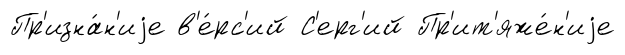
Пр'изна́н'иjе в'е́рс'ий С'ерг'ий Пр'ит'яже́н'иjе